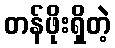
တန်ဖိုးရှိတဲ့